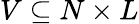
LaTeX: V\subseteq N\times L